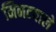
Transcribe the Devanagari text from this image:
मिनटवाले